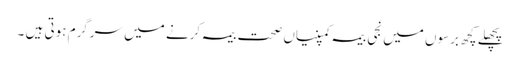
پچھلے کچھ برسوں میں نجی بیمہ کمپنیاں صحت بیمہ کرنے میں سرگرم ہوتی ہیں ۔